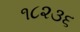
૧૮૨૩૬